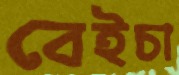
বেইচা